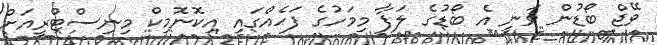
ވޭޖް ބޯޑުން ވަނީ އެ ބޯޑުގެ ލަފާ މިމަހުގެ ފަހެއްގައި އިކޮނޮމިކް މިނިސްޓްރީއަށް